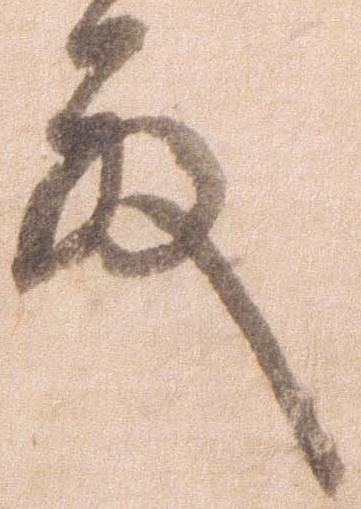
殿